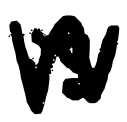
Text: is
Cross-out: zig-zag
Writing tool: digital_black